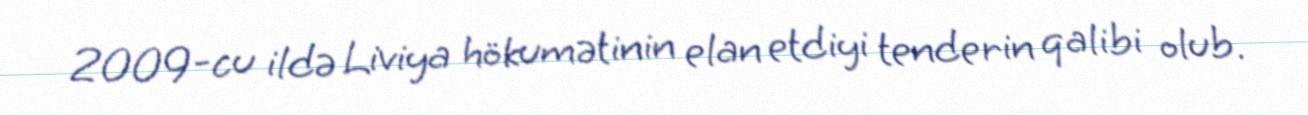
2009-cu ildə Liviya hökumətinin elan etdiyi tenderin qalibi olub.